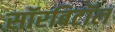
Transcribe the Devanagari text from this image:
सॉरबिटॉल